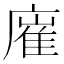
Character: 𢊛